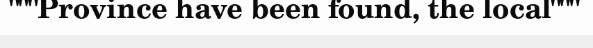
"""Province have been found, the local"""